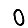
Digit: 0